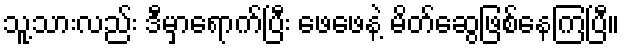
သူ့သားလည်း ဒီမှာရောက်ပြီး ဖေဖေနဲ့ မိတ်ဆွေဖြစ်နေကြပြီ။